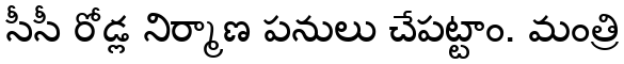
సీసీ రోడ్ల నిర్మాణ పనులు చేపట్టాం. మంత్రి